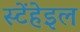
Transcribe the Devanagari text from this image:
स्टेंहेइल